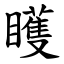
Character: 矆